Report on horse surra - Volume II, Part II
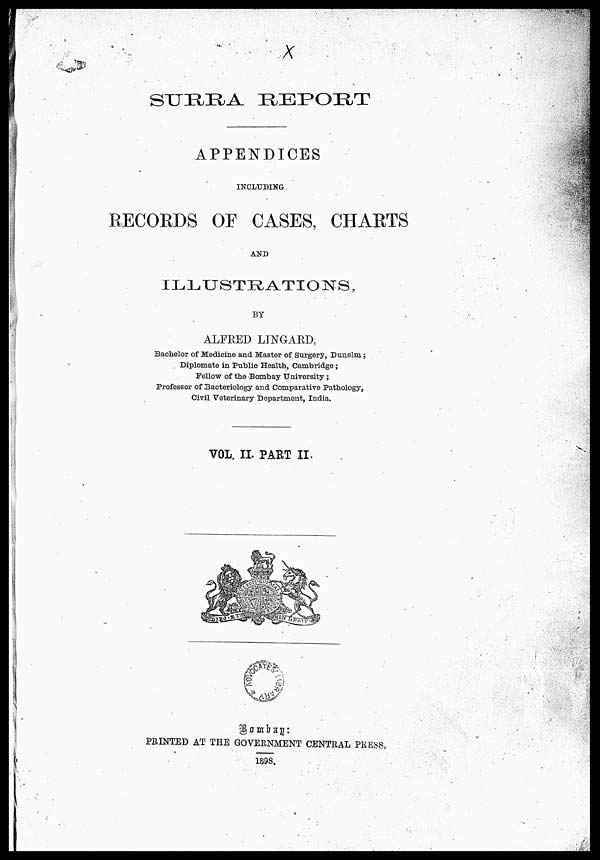
SURRA REPORT
APPENDICES
INCLUDING
RECORDS OF CASES, CHARTS
AND
ILLUSTRATIONS,
BY
ALFRED LINGARD,
Bachelor of Medicine and Master of Surgery, Dunelm;
Diplomate in Public Health, Cambridge;
Fellow of the Bombay University;
Professor of Bacteriology and Comparative Pathology,
Civil Veterinary Department, India.
VOL. II. PART II.
Bombay:
PRINTED AT THE GOVERNMENT CENTRAL PRESS-
1898.